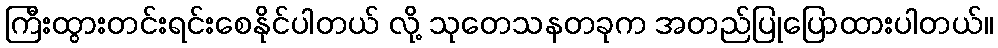
ကြီးထွားတင်းရင်းစေနိုင်ပါတယ် လို့ သုတေသနတခုက အတည်ပြုပြောထားပါတယ်။